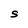
Character: S